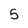
Character: 5